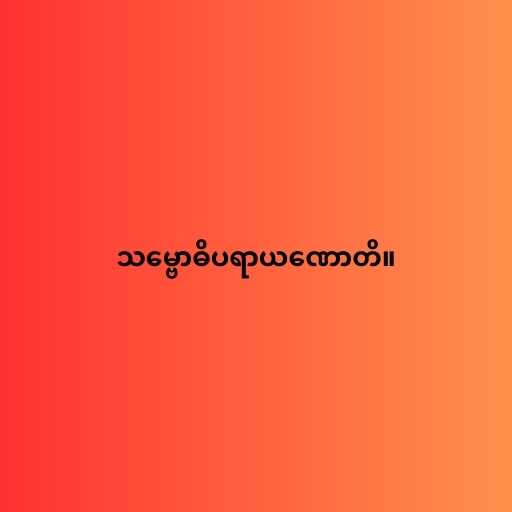
သမ္ဗောဓိပရာယဏောတိ။